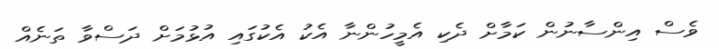
ވެސް އިންސާނުން ކަމާށް ދެކި އެމީހުންނާ އެކު އެކުގައި އުޅުމަށް ދަސްވާ ތަނެއް